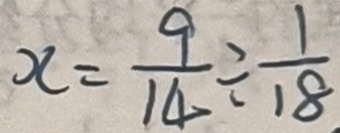
x = \frac { 9 } { 1 4 } \div \frac { 1 } { 1 8 }